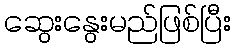
ဆွေးနွေးမည်ဖြစ်ပြီး